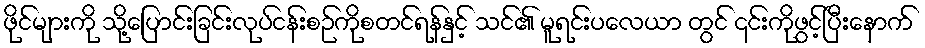
ဖိုင်များကို သို့ပြောင်းခြင်းလုပ်ငန်းစဉ်ကိုစတင်ရန်နှင့် သင်၏ မူရင်းပလေယာ တွင် ၎င်းကိုဖွင့်ပြီးနောက်